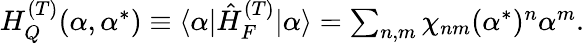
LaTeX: \begin{array}{r}{H_{Q}^{(T)}(\alpha,\alpha^{*})\equiv\langle\alpha|\hat{H}_{F}^{(T)}|\alpha\rangle=\sum_{n,m}\chi_{nm}(\alpha^{*})^{n}\alpha^{m}.}\end{array}